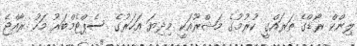
ލިންކް ރޯޑްގެ ތަރައްގީ ކުރުމުގެ މަޝްރޫއަކީ މިދިޔަ އަހަރުގެ ސެޕްޓެމްބަރު މަހު ރާއްޖެ